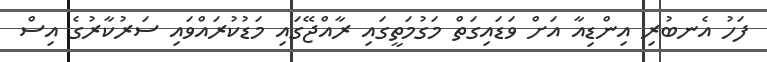
ފަހު އެނބުރި އިންޑިއާ އަށް ވަޑައިގަތް މަގުމަތީގައި ރާއްޖޭގައި މަޑުކުރައްވައި ސަރުކާރުގެ އިސް